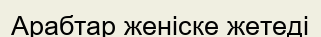
Арабтар женіске жетеді